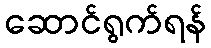
ဆောင်ရွက်ရန်